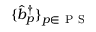
\{ \hat { b } _ { p } ^ { \dagger } \} _ { p \in \ensuremath { \mathrm { ~ P ~ S ~ } } }